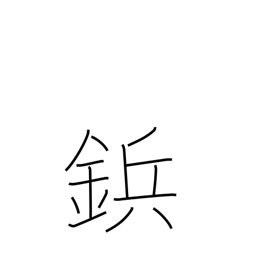
Meaning: rivet